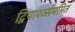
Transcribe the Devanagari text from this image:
द्विपार्श्व्सममित